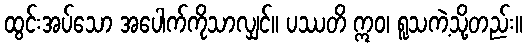
ထွင်းအပ်သော အပေါက်ကိုသာလျှင်။ ပဿတိ ဣဝ၊ ရူသကဲ့သို့တည်း။